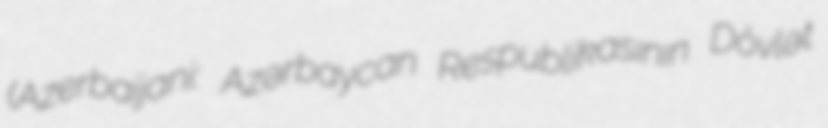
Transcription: (Azerbaijani: Azərbaycan Respublikasının Dövlət